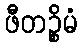
ဖီတဉ္စိမံ